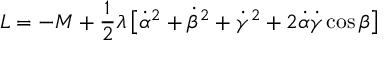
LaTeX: L = - M + { \frac { 1 } { 2 } } \lambda \, \bigl [ \dot { \alpha } ^ { 2 } + \dot { \beta } ^ { 2 } + \dot { \gamma } ^ { 2 } + 2 \dot { \alpha } \dot { \gamma } \cos \beta \bigr ]